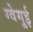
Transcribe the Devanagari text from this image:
ग्वेगुई